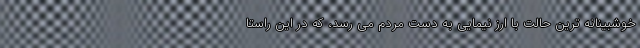
خوشبینانه ترین حالت با ارز نیمایی به دست مردم می رسد، که در این راستا